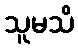
သူမသိ